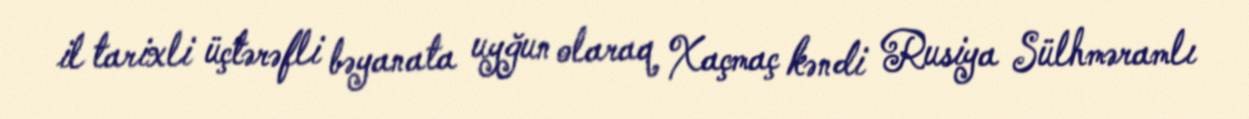
il tarixli üçtərəfli bəyanata uyğun olaraq Xaçmaç kəndi Rusiya Sülhməramlı